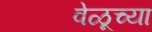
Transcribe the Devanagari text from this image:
वेळूच्या